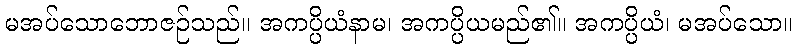
မအပ်သောဘောဇဉ်သည်။ အကပ္ပိယံနာမ၊ အကပ္ပိယမည်၏။ အကပ္ပိယံ၊ မအပ်သော။